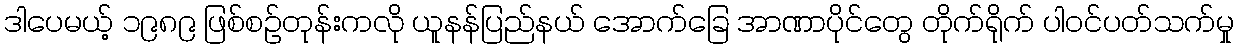
ဒါပေမယ့် ၁၉၈၉ ဖြစ်စဉ်တုန်းကလို ယူနန်ပြည်နယ် အောက်ခြေ အာဏာပိုင်တွေ တိုက်ရိုက် ပါဝင်ပတ်သက်မှု